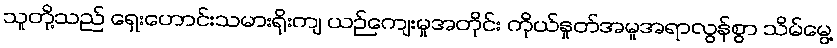
သူတို့သည် ရှေးဟောင်းသမားရိုးကျ ယဉ်ကျေးမှုအတိုင်း ကိုယ်နှုတ်အမူအရာလွန်စွာ သိမ်မွေ့